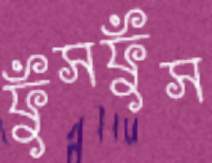
ফুঁসফুঁস